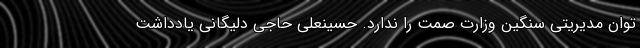
توان مدیریتی سنگین وزارت صمت را ندارد. حسینعلی حاجی دلیگانی یادداشت